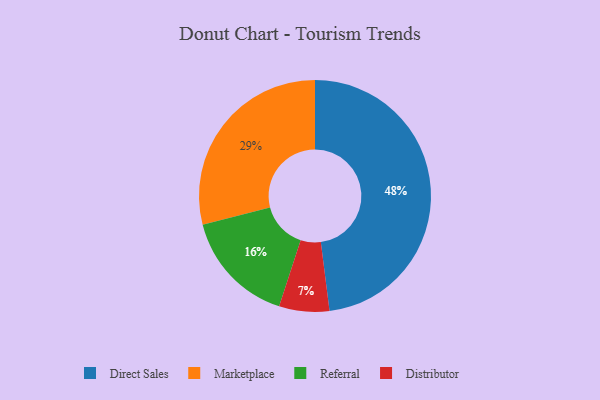
{"axis": {"x": "Category", "y": "Percentage"}, "legend": ["Direct Sales", "Distributor", "Marketplace", "Referral"], "data": [{"x": "Marketplace", "y": 29, "type": "Marketplace"}, {"x": "Distributor", "y": 7, "type": "Distributor"}, {"x": "Direct Sales", "y": 48, "type": "Direct Sales"}, {"x": "Referral", "y": 16, "type": "Referral"}]}